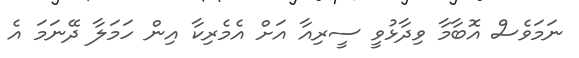
ނަމަވެސް އޮބާމާ ވިދާޅުވީ ސީރިއާ އަށް އެމެރިކާ އިން ހަމަލާ ދޭނަމަ އެ